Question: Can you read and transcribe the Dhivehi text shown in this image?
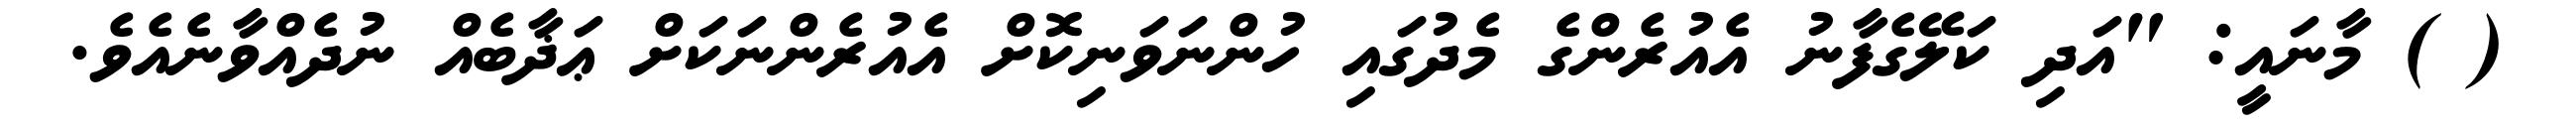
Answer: ( ) މާނައީ: "އަދި ކަލޭގެފާނު އެއުރެންގެ މެދުގައި ހުންނަވަނިކޮށް އެއުރެންނަކަށް ޢަޛާބެއް ނުދެއްވާނެއެވެ.